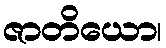
ဇာတိယော၊